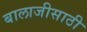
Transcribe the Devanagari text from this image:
बालाजीसाठी